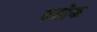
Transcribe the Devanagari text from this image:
रुडोक